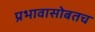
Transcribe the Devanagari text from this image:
प्रभावासोबतच